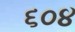
૬૦૪